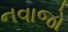
નવાજો